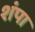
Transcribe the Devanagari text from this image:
शंपा